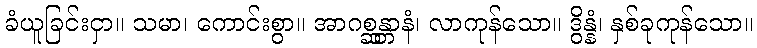
ခံယူခြင်းငှာ။ သမာ၊ ကောင်းစွာ။ အာဂစ္ဆန္တာနံ၊ လာကုန်သော။ ဒွိန္နံ၊ နှစ်ခုကုန်သော။